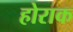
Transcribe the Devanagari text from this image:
होराक